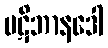
ပဋိဘာနဒေါ